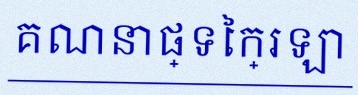
គណនាផ្ទៃក្រឡា